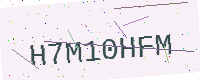
Text: H7M10HFM